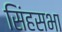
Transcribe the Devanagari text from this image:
सिंहसभा